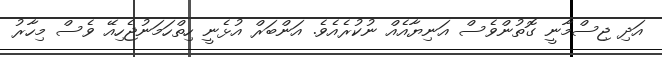
އަދި ޖިސްމާނީ ގޮތުންވެސް އަނިޔާއެއް ނުކުރެއެވެ. އަންބަރް އުޅެނީ ހިތްހަމަނުޖެހިއޭ ވެސް މިހާރު